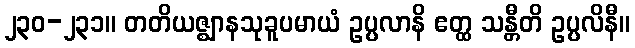
၂၃၀-၂၃၁။ တတိယဇ္ဈာနသုခူပမာယံ ဥပ္ပလာနိ ဧတ္ထ သန္တီတိ ဥပ္ပလိနီ။